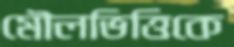
মৌলভিত্তিকে